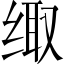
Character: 𮉪